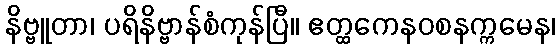
နိဗ္ဗူတာ၊ ပရိနိဗ္ဗာန်စံကုန်ပြီ။ ဧတ္ထကေနဝစနက္ကမေန၊